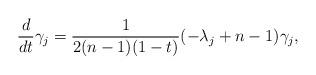
LaTeX: \begin{align*}\frac{d}{dt} \gamma_{j} = \frac{1}{{2(n-1)(1-t)}} (-\lambda_{j}+n-1)\gamma_j,\end{align*}